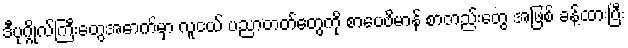
ဒီပုဂ္ဂိုလ်ကြီးတွေအောက်မှာ လူငယ် ပညာတတ်တွေကို စာပေဗိမာန် စာတည်းတွေ အဖြစ် ခန့်ထားပြီး